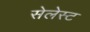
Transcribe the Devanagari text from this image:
सेलेस्ट